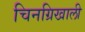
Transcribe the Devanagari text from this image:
चिनग्रिखाली